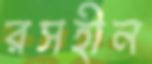
রসহীন